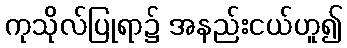
ကုသိုလ်ပြုရာ၌ အနည်းငယ်ဟူ၍